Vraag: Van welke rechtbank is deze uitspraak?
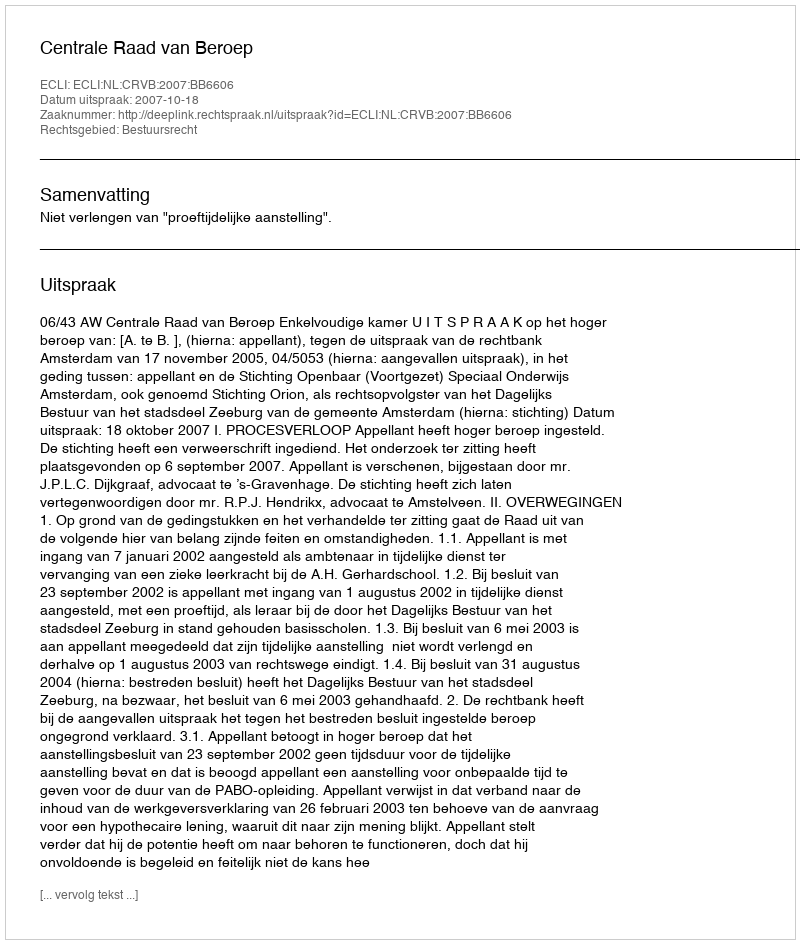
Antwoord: Centrale Raad van Beroep